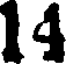
14